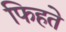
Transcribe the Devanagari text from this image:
फिहते